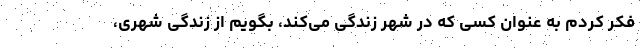
فکر کردم به عنوان کسی که در شهر زندگی می‌کند، بگویم از زندگی شهری،